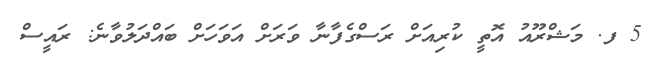
5 ފ. މަޝްރޫއު އޮތީ ކުރިއަށް ރަސްގެފާނާ ވަރަަށް އަވަހަށް ބައްދަލުވާނެ: ރައީސް